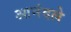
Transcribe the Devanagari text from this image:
आनंदले